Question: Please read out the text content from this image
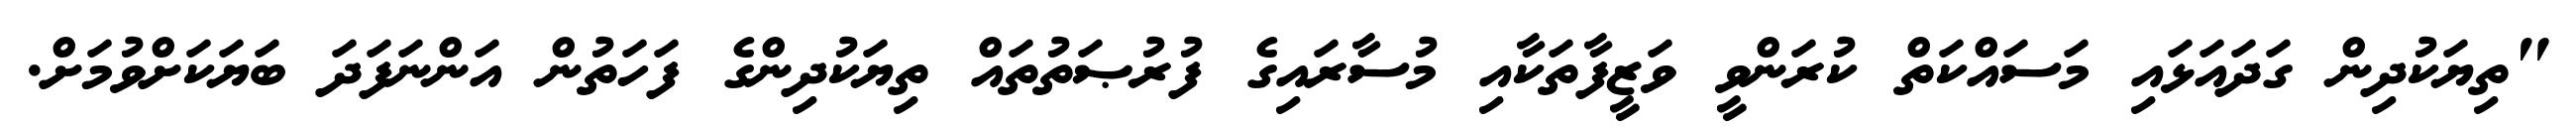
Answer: "ތިޔަކުދިން ގަދައަޅައި މަސައްކަތް ކުރަންވީ ވަޒީފާތަކާއި މުސާރައިގެ ފުރުޞަތުތައް ތިޔަކުދިންގެ ފަހަތުން އަންނަފަދަ ބަޔަކަށްވުމަށް.